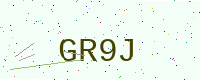
Text: GR9J